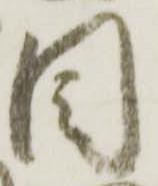
目